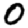
Digit: 0